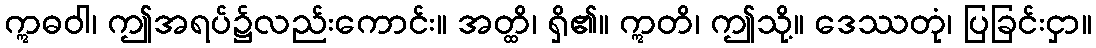
ဣဓဝါ၊ ဤအရပ်၌လည်းကောင်း။ အတ္ထိ၊ ရှိ၏။ ဣတိ၊ ဤသို့။ ဒေဿတုံ၊ ပြခြင်းငှာ။